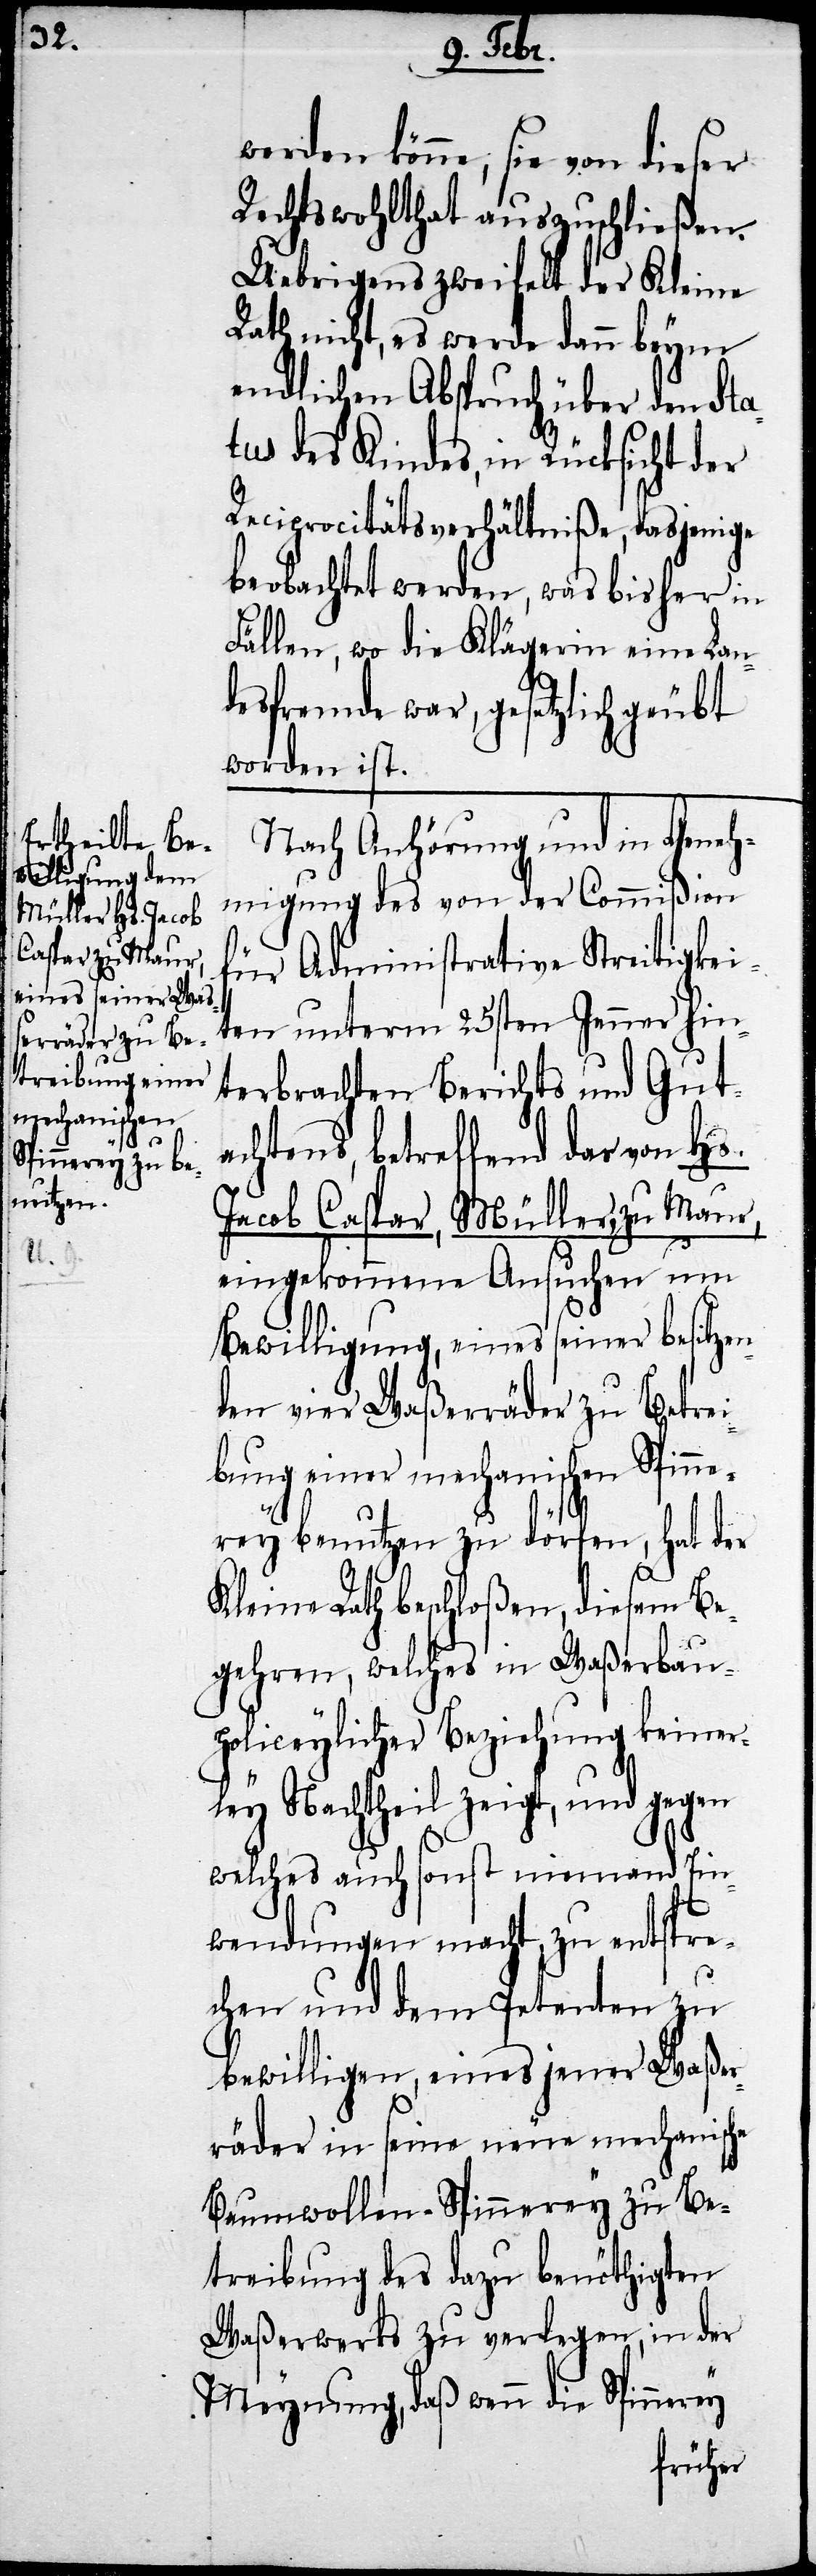
n¬

werden könne; sie von dieser
Rechtswohlthat auszuschließen.
Uebrigens zweifelt der Kleine
Rath nicht, es werde dann beym
endlichen Abspruch über den Sta¬
tus des Kindes, in Rücksicht der
Reciprocitätsverhältniße, dasjenige
beobachtet werden, was bisher in
Fällen, wo die Klägerin eine Lan¬
desfremde war, gesetzlich geübt
worden ist.
Nach Anhörung und in Geneh¬
migung des von der Commißion
für Administrative Steitigkei¬
ten unterm 25sten Jenner hin¬
terbrachten Berichts und Gut¬
achtens, betreffend das von Hs.
Jacob Caspar, Müller zu Maur,
eingekommene Ansuchen um
Bewilligung, eines seiner besitze¬
den vier Waßerräder zu Betre¬
ibung einer mechanischen Spin¬
nerey benutzen zu dörfen, hat der
Kleine Rath beschloßen, diesem Be¬
gehren, welches in Waßerbau¬
policeylicher Beziehung keiner¬
ley Nachtheil zeigt, und gegen
welches auch sonst niemand Ein¬
wendungen macht, zu entspre¬
chen und dem Petenten zu
bewilligen, eines jener Waßer¬
räder in seine neue mechanische
Baumwollen-Spinnerey zu Be¬
treibung des dazu benöthigten
Waßerwerks zu verlegen, in der
Meynung, daß wenn die Spinnerey